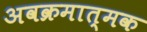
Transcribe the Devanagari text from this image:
अवक्रमात्मक